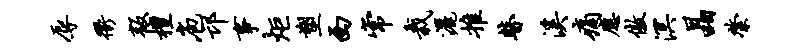
辱衢叛檀庖邙事炬塑西常栽洒推瞽溪痛应傲溟晶綮